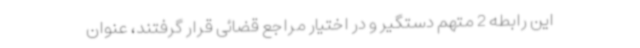
این رابطه 2 متهم دستگیر و در اختیار مراجع قضائی قرار گرفتند، عنوان